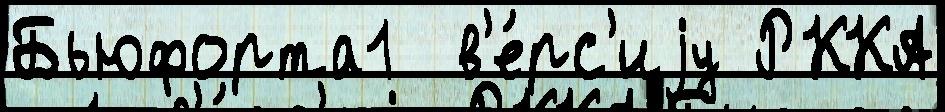
Бьюфорта1  в'е́рс'иjу РККА